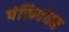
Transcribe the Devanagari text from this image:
पंक्तिबंधन